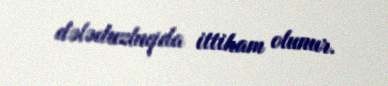
dələduzluqda ittiham olunur.